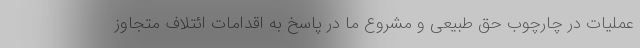
عملیات در چارچوب حق طبیعی و مشروع ما در پاسخ به اقدامات ائتلاف متجاوز